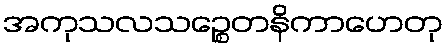
အကုသလသဉ္စေတနိကာဟေတု